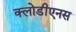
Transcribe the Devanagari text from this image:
क्लोडीएनस